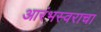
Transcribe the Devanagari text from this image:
आरंभस्वराचा